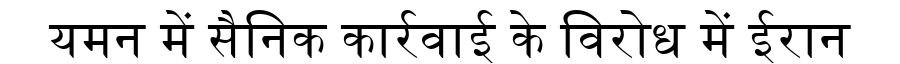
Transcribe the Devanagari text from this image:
यमन में सैनिक कार्रवाई के विरोध में ईरान